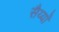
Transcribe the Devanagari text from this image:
सैय्याँ